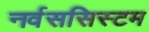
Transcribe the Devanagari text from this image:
नर्वससिस्टम